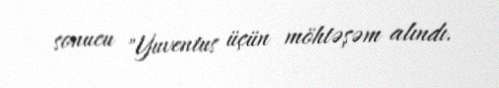
sonucu "Yuventus üçün möhtəşəm alındı.